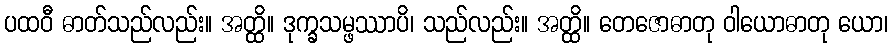
ပထဝီ ဓာတ်သည်လည်း။ အတ္ထိ။ ဒုက္ခသမ္ဖဿာပိ၊ သည်လည်း။ အတ္ထိ။ တေဇောဓာတု ဝါယောဓာတု ယော၊